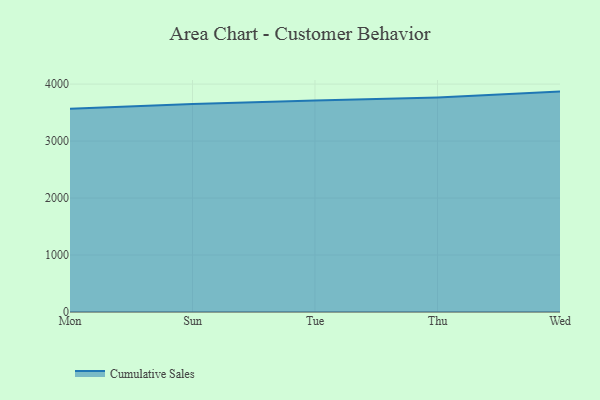
{"axis": {"x": "Day", "y": "Market Share (%)"}, "legend": ["Cumulative Sales"], "data": [{"x": "Mon", "y": 3565.6, "type": "Cumulative Sales"}, {"x": "Sun", "y": 3652.6, "type": "Cumulative Sales"}, {"x": "Tue", "y": 3711.4, "type": "Cumulative Sales"}, {"x": "Thu", "y": 3766.2, "type": "Cumulative Sales"}, {"x": "Wed", "y": 3868.6, "type": "Cumulative Sales"}]}